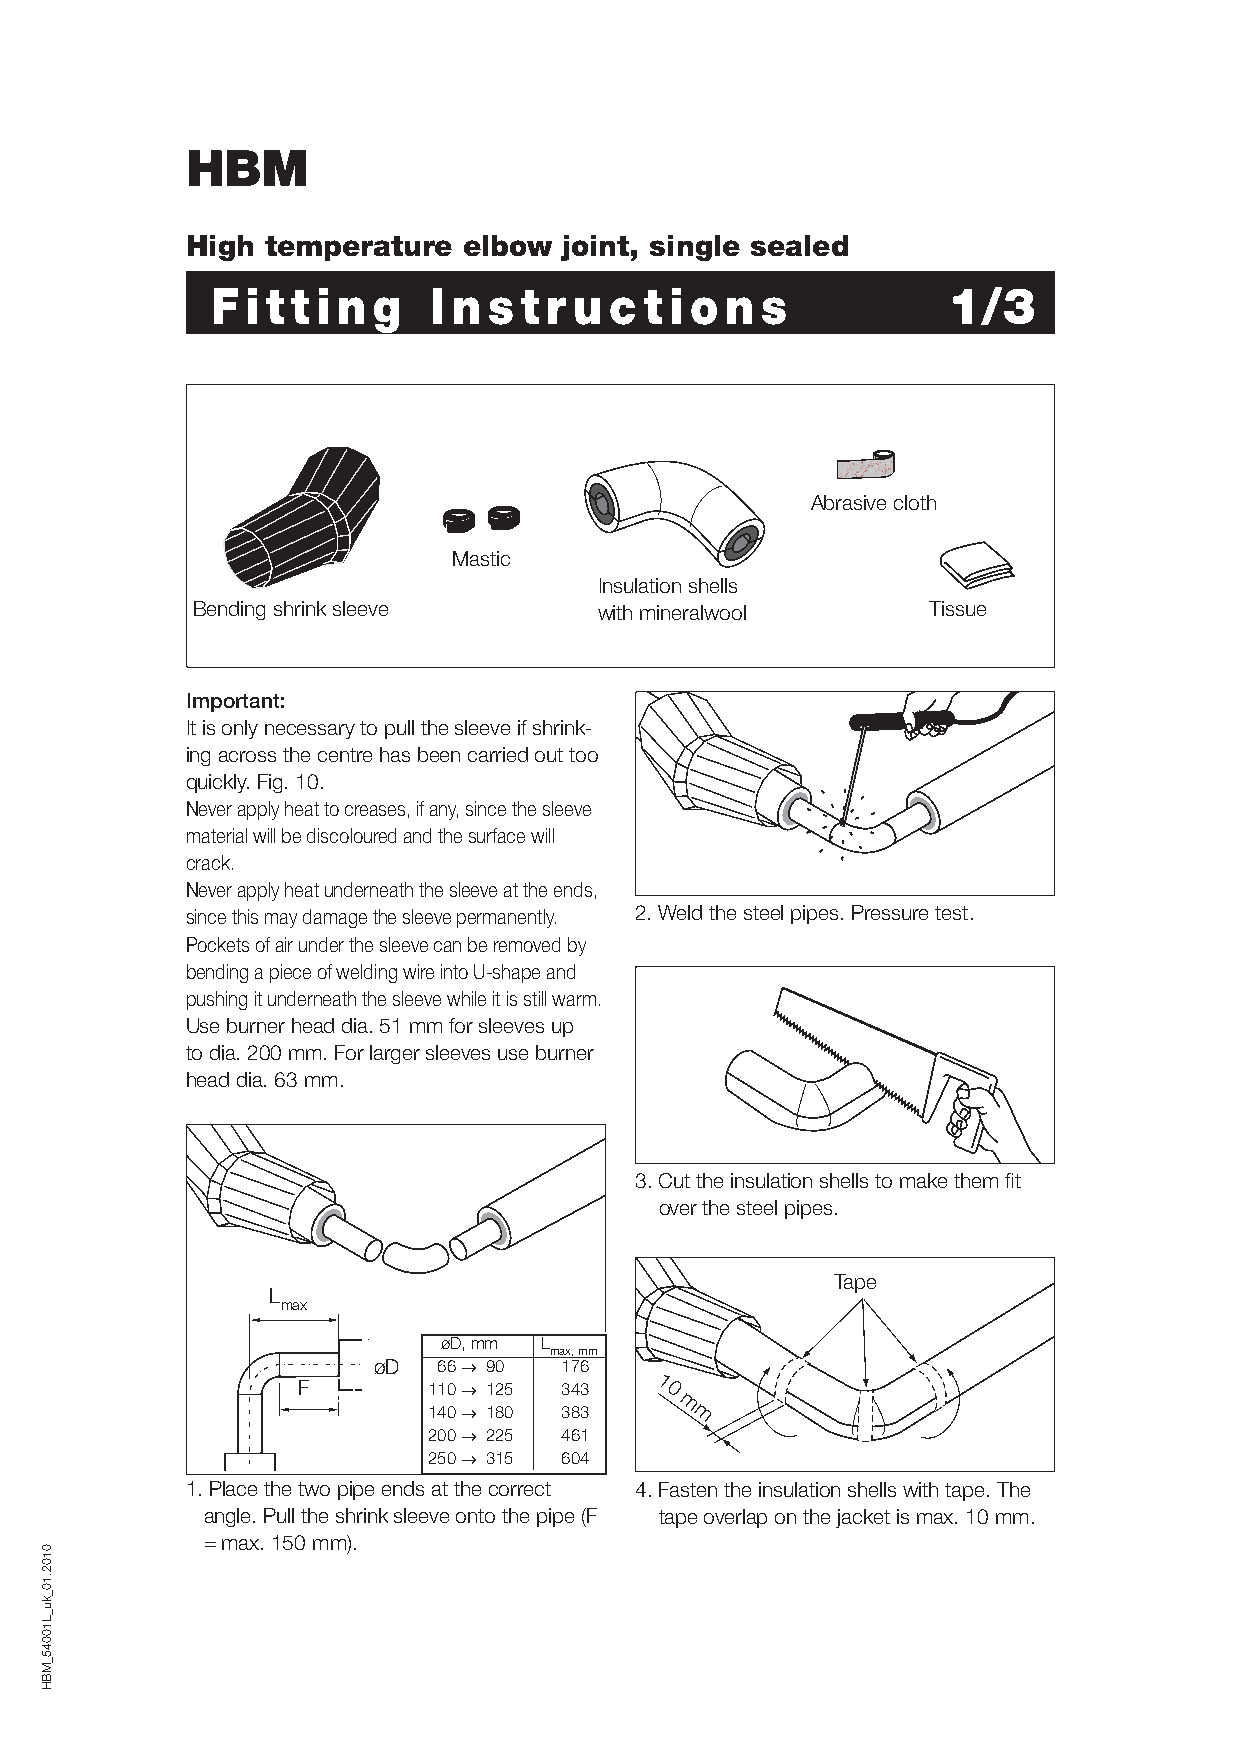
HBM
 High  temperature  elbow joint, single sealed
 F i t t i n g  I n s t r u c t i o n s           1/3
 Abrasive cloth
 Mastic
 Insulation shells
 Bending shrink sleeve      with mineralwool     Tissue
 Important:
 It is only necessary to pull the sleeve if shrink-
 ing across the centre has been carried out too
 quickly. Fig. 10.
 Never apply heat to creases, if any, since the sleeve
 material will be discoloured and the surface will
 crack.
 Never apply heat underneath the sleeve at the ends,
 since this may damage the sleeve permanently. 2.Weld the steel pipes. Pressure test.
 Pockets of air under the sleeve can be removed by
 bending a piece of welding wire into U-shape and
 pushing it underneath the sleeve while it is still warm.
 Use burner head dia. 51 mm for sleeves up
 to dia. 200 mm. For larger sleeves use burner
 head dia. 63 mm.
 3. Cut the insulation shells to make them fi t
 over the steel pipes.
 Tape
 L
 max
 øD, mm L
 max, mm
 øD  66 → 90 176
 F       110 → 125 343  1 0
 140 → 180 383    m m
 200 → 225 461
 250 → 315 604
 1.Place the two pipe ends at the correct 4. Fasten the insulation shells with tape. The
 angle. Pull the shrink sleeve onto the pipe (F tape overlap on the jacket is max. 10 mm.
 = max. 150 mm).
 0102.10_ku_L10045_MBH